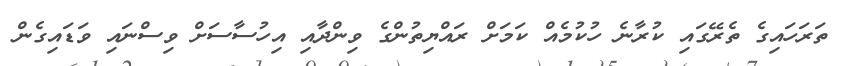
ތަރަހައިގެ ތެރޭގައި ކުރާނެ ހުކުމެއް ކަމަށް ރައްޔިތުންގެ ވިންދާއި އިހުސާސަށް ވިސްނައި ވަޑައިގެން